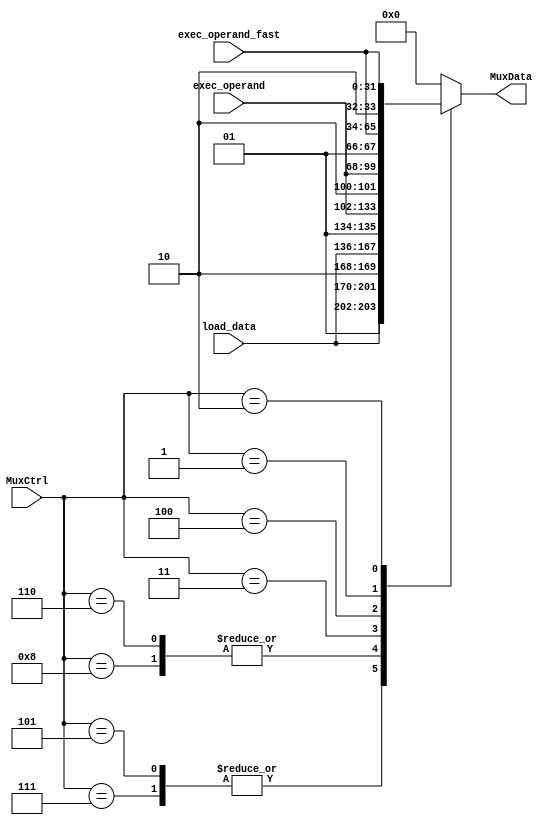
module MUX_DataDependency(
    input wire [3:0] MuxCtrl,
    input wire [31:0] exec_operand,
    input wire [31:0] load_data,
    input wire [31:0] exec_operand_fast,
    output reg [33:0] MuxData
    );
    
always @(*)
begin
    case (MuxCtrl)
        4'b0101, 4'b0111 : MuxData = {2'b01,load_data};
        4'b0110, 4'b1000 : MuxData = {2'b10,load_data};
        4'b0011 : MuxData = {2'b01,exec_operand};
        4'b0100 : MuxData = {2'b10,exec_operand};
        4'b0001 : MuxData = {2'b01,exec_operand_fast};
        4'b0010 : MuxData = {2'b10,exec_operand_fast};
        default : MuxData = 0;
    endcase
end    
endmodule